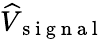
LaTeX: \widehat{V}_{\mathrm{~s~i~g~n~a~l~}}